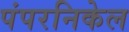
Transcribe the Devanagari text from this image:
पंपरनिकेल